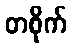
တစိုက်